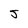
Character: 5